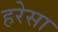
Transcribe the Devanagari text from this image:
हरेसा